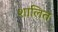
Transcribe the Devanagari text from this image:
शालित